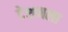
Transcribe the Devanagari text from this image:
देशमला